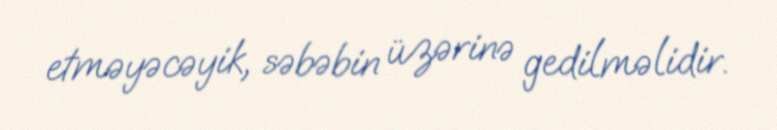
etməyəcəyik, səbəbin üzərinə gedilməlidir.